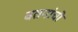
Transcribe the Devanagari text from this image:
वतनांची